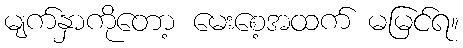
မျက်နှာကိုတော့ မေးစေ့အထက် မမြင်ရ။